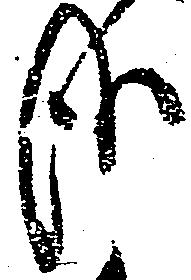
哉